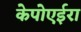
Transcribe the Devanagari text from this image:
केपोएईरा